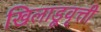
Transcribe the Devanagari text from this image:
खिलाडूवृत्ती